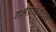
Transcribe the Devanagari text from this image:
गर्भप्रतिबंधक